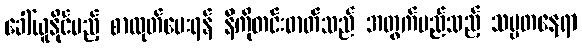
ခေါ်ယူနိုင်မည့် စာထုတ်ပေးရန် နီကိုတင်းဓာတ်သည် အတွက်မည်သည့် သမ္မတနေရာ